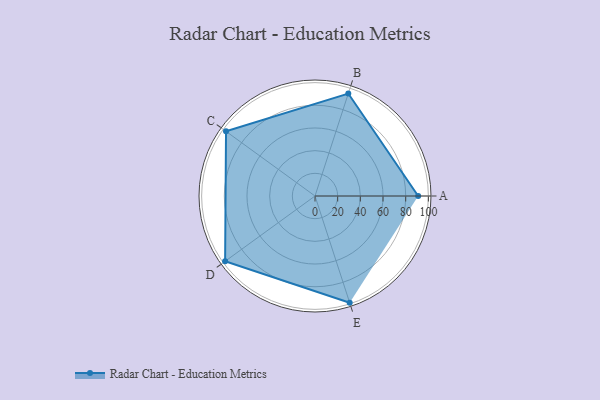
{"axis": {"x": "Skill", "y": "Score"}, "legend": ["Profile"], "data": [{"x": "A", "y": 91.0, "type": "Profile"}, {"x": "B", "y": 95.0, "type": "Profile"}, {"x": "C", "y": 97.0, "type": "Profile"}, {"x": "D", "y": 98.0, "type": "Profile"}, {"x": "E", "y": 99, "type": "Profile"}]}